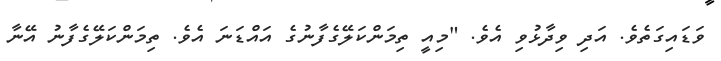
ވަޑައިގަތެވެ. އަދި ވިދާޅުވި އެވެ. "މިއީ ތިމަންކަލޭގެފާނުގެ އައްޑަނަ އެވެ. ތިމަންކަލޭގެފާނު އޭނާ